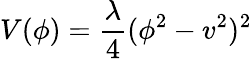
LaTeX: V(\phi)={\frac{\lambda}{4}}(\phi^{2}-v^{2})^{2}